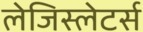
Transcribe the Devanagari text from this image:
लेजिस्लेटर्स